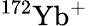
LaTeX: ^{172}{\mathrm{Yb}}^{+}